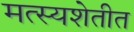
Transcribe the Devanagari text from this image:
मत्स्यशेतीत